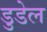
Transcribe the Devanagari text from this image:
डुडेल